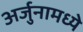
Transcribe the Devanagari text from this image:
अर्जुनामध्ये